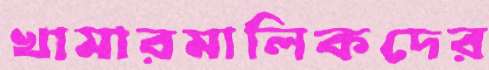
খামারমালিকদের